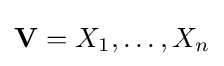
\mathbf {V} ={X_{1},\dots ,X_{n}}